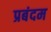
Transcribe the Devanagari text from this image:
प्रबंदम